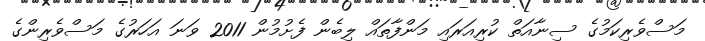
މަސްވެރިކަމުގެ ސިނާއަތް ކުރިއަރައި މަންފާތައް ލިބެން ފެށުމުން 2011 ވަނަ އަހަރުގެ މަސްވެރިންގެ